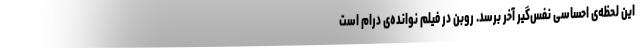
این لحظه‌ی احساسی نفس‌گیر آخر برسد. روبن در فیلم نوانده‌ی درام است